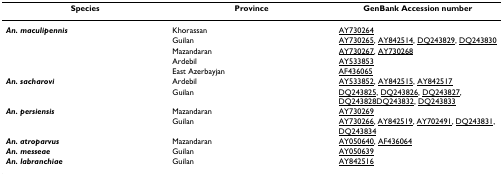
| Species | Province | GenBank Accession number |
 | --- | --- | --- |
 | An. maculipennis | Khorassan | AY730264 |
 |  | Guilan | AY730265, AY842514, DQ243829, DQ243830 |
 |  | Mazandaran | AY730267, AY730268 |
 |  | Ardebil | AY533853 |
 |  | East Azerbayjan | AF436065 |
 | An. sacharovi | Ardebil | AY533852, AY842515, AY842517 |
 |  | Guilan | DQ243825, DQ243826, DQ243827, DQ243828DQ243832, DQ243833 |
 | An. persiensis | Mazandaran | AY730269 |
 |  | Guilan | AY730266, AY842519, AY702491, DQ243831, DQ243834 |
 | An. atroparvus | Mazandaran | AY050640, AF436064 |
 | An. messeae | Guilan | AY050639 |
 | An. labranchiae | Guilan | AY842516 |